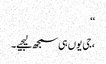
‘‘
،جی یوں ہی سمجھ لیجیے۔